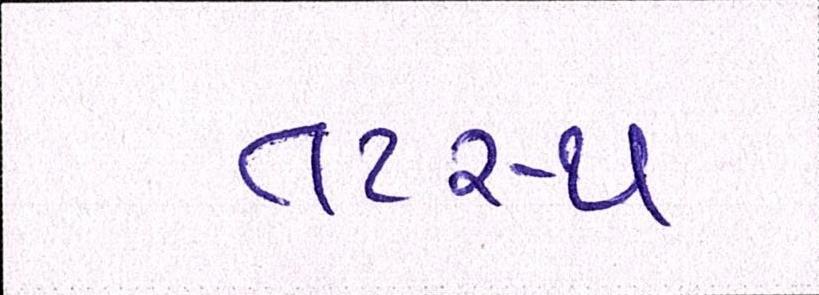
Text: તટસ્થ